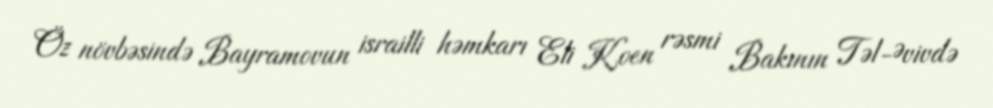
Öz növbəsində Bayramovun israilli həmkarı Eli Koen rəsmi Bakının Təl-Əvivdə